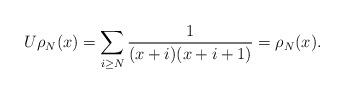
LaTeX: \begin{align*} U \rho_N(x) = \sum_{i \geq N}\frac{1}{(x+i)(x+i+1)}= \rho_N(x).\end{align*}